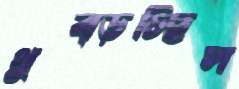
থুব্‌ড়চ্ছিস